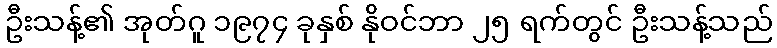
ဦးသန့်၏ အုတ်ဂူ ၁၉၇၄ ခုနှစ် နိုဝင်ဘာ ၂၅ ရက်တွင် ဦးသန့်သည်